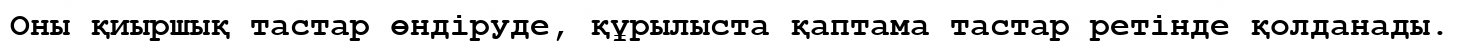
Оны қиыршық тастар өндіруде, құрылыста қаптама тастар ретінде қолданады.